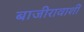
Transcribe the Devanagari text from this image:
बाजीरावाशीं